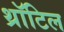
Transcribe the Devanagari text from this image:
थ्रॉटिल